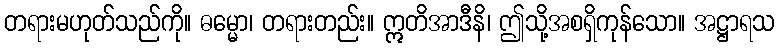
တရားမဟုတ်သည်ကို။ ဓမ္မော၊ တရားတည်း။ ဣတိအာဒီနိ၊ ဤသို့အစရှိကုန်သော။ အဋ္ဌာရသ